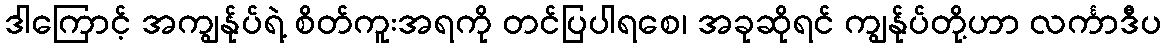
ဒါကြောင့် အကျွန်ုပ်ရဲ့ စိတ်ကူးအရကို တင်ပြပါရစေ၊ အခုဆိုရင် ကျွန်ုပ်တို့ဟာ လင်္ကာဒီပ